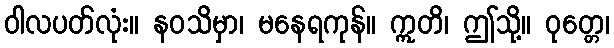
ဝါလပတ်လုံး။ နဝသိမှာ၊ မနေရကုန်။ ဣတိ၊ ဤသို့။ ဝုတ္တေ၊